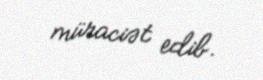
müraciət edib.